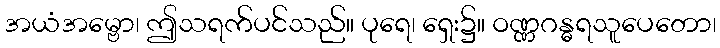
အယံအမ္ဗော၊ ဤသရက်ပင်သည်။ ပုရေ၊ ရှေး၌။ ဝဏ္ဏဂန္ဓရသူပေတော၊